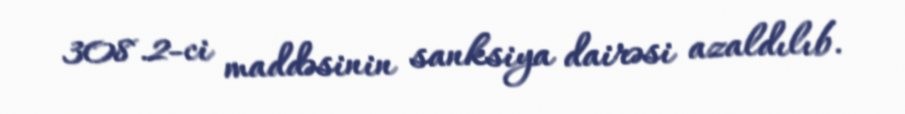
308.2-ci maddəsinin sanksiya dairəsi azaldılıb.